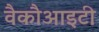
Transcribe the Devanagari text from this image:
वैकौआइटी